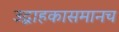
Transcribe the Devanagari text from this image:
उद्वाहकासमानच